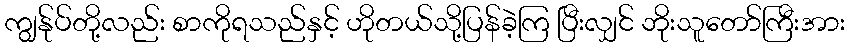
ကျွန်ုပ်တို့လည်း စာကိုရသည်နှင့် ဟိုတယ်သို့ပြန်ခဲ့ကြ ပြီးလျှင် ဘိုးသူတော်ကြီးအား